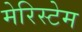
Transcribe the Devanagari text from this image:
मेरिस्टेम